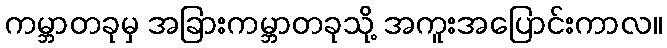
ကမ္ဘာတခုမှ အခြားကမ္ဘာတခုသို့ အကူးအပြောင်းကာလ။